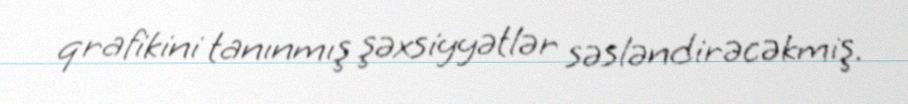
qrafikini tanınmış şəxsiyyətlər səsləndirəcəkmiş.